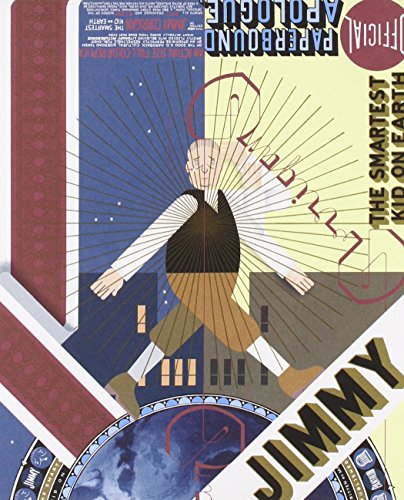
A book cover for Jimmy Corrigan: The Smartest Kid on Earth; Chris Ware; Comics & Graphic Novels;